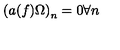
\left( a ( f ) \Omega \right) _ { n } = 0 \forall n